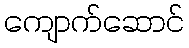
ကျောက်ဆောင်